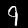
Digit: 9